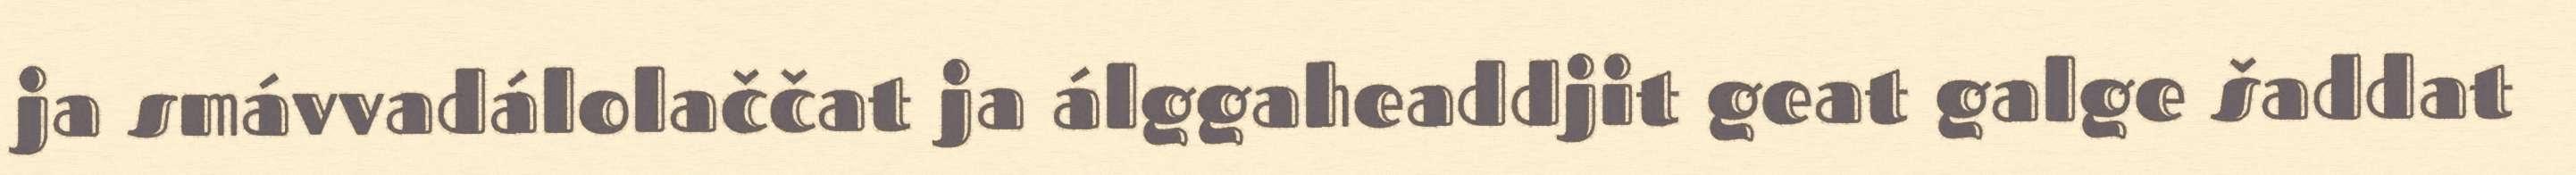
ja smávvadálolaččat ja álggaheaddjit geat galge šaddat